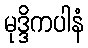
မုဒ္ဒိကပါနံ